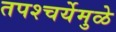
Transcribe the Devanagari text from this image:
तपश्‍चर्येमुळे